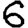
Digit: 6